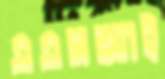
এএসআই